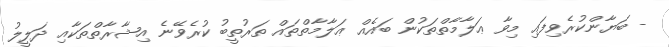
- ބަޔާންކުރެވިފައި މިވާ ޢަލާމާތްތަކުން ބައެއް ޢަލާމާތްތައް ތަރުތީބު ކުރެވޭނެ އިޝާރާތްތަކާއި ދަލީލު